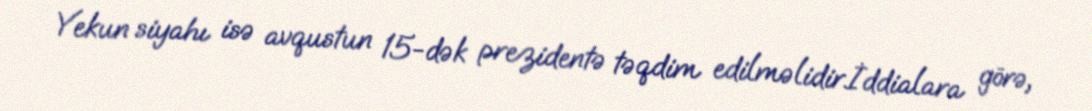
Yekun siyahı isə avqustun 15-dək prezidentə təqdim edilməlidir.İddialara görə,